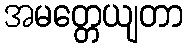
အမတ္တေယျတာ